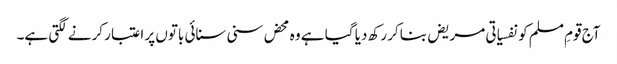
آج قومِ مسلم کو نفسیاتی مریض بناکر رکھ دیا گیا ہے وہ محض سنی سنائی باتوں پر اعتبار کرنے لگتی ہے۔